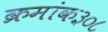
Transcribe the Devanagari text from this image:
क्रमांक३०८